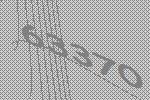
63370